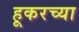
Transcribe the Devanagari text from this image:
हूकरच्या